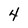
Character: 4